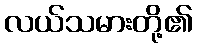
လယ်သမားတို့၏